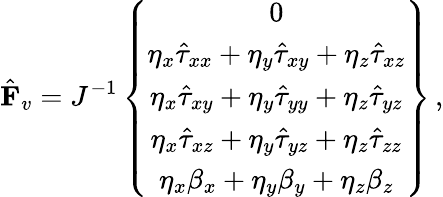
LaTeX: \hat{\mathbf{F}}_{v}=J^{-1}\left\{ \begin{array}{c}{0}\\ {\eta_{x}\hat{\tau}_{xx}+\eta_{y}\hat{\tau}_{xy}+\eta_{z}\hat{\tau}_{xz}}\\ {\eta_{x}\hat{\tau}_{xy}+\eta_{y}\hat{\tau}_{yy}+\eta_{z}\hat{\tau}_{yz}}\\ {\eta_{x}\hat{\tau}_{xz}+\eta_{y}\hat{\tau}_{yz}+\eta_{z}\hat{\tau}_{zz}}\\ {\eta_{x}{\beta}_{x}+\eta_{y}{\beta}_{y}+\eta_{z}{\beta}_{z}}\end{array}\right\} \, \mathrm{,}